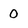
Character: 0